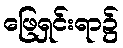
ဖြေရှင်းရာ၌